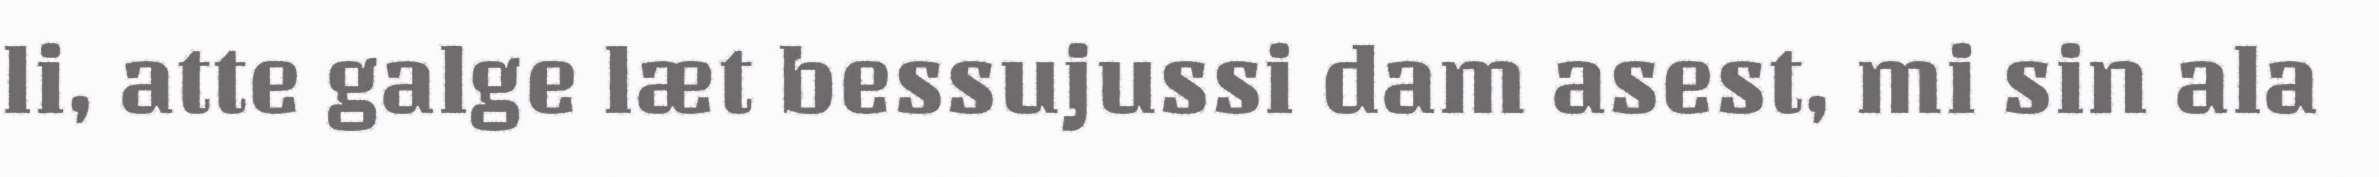
li, atte galge læt bessujussi dam asest, mi sin ala